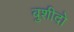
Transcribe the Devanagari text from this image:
बुशीदो